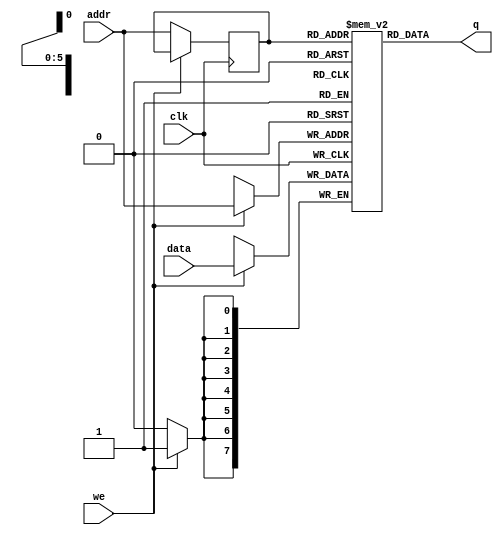
`timescale 1ns / 1ps


//8*64 Bit ram 
module single_port_ram(

input [7:0] data, //input data
input [5:0]addr, // address
input we,     // clock
input clk,// write enable
output [7:0]q // output data
);

reg [7:0]ram[63:0];  // 8*64 bit ram 
reg [5:0]addr_reg;  // address register 

always@(posedge clk)
begin 
  if (we)
    ram[addr]<=data;
  else
   addr_reg<=addr;
end

assign q= ram[addr_reg];

endmodule